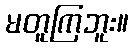
မတူကြဘူး။